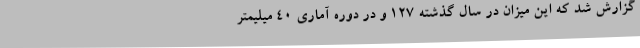
گزارش شد که این میزان در سال گذشته ۱۲۷ و در دوره آماری ۴۰ میلیمتر